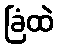
ခြံထဲ